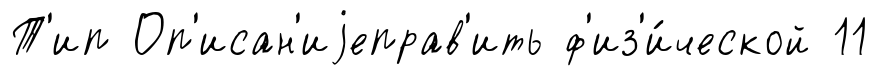
Т'ип Оп'исан'иjеправ'ить ф'из'и́ческой 11